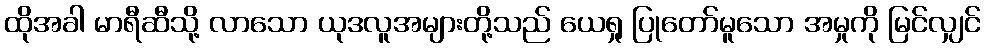
ထိုအခါ မာရီဆီသို့ လာသော ယုဒလူအများတို့သည် ယေရှု ပြုတော်မူသော အမှုကို မြင်လျှင်